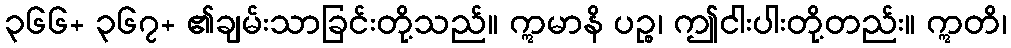
၃၆၆+ ၃၆၇+ ၏ချမ်းသာခြင်းတို့သည်။ ဣမာနိ ပဉ္စ၊ ဤငါးပါးတို့တည်း။ ဣတိ၊